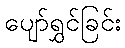
ပျော်ရွှင်ခြင်း